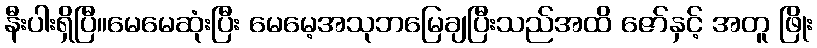
နီးပါးရှိပြီ။မေမေဆုံးပြီး မေမေ့အသုဘမြေချပြီးသည်အထိ ဇော်နှင့် အတူ ဖြိုး